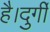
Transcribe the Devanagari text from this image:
है।दुर्गी